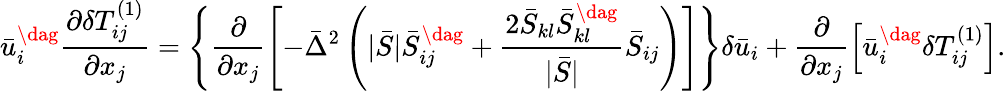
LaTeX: \bar{u}_{i}^{\dag}\frac{{\partial\delta T_{ij}^{\left(1\right)}}}{{\partial{x_{j}}}}=\left\{ {\frac{\partial}{{\partial{x_{j}}}}\left[{-{{\bar{\Delta}}^{2}}\left({|\bar{S}|\bar{S}_{ij}^{\dag}+\frac{{2{{\bar{S}}_{kl}}\bar{S}_{kl}^{\dag}}}{{|\bar{S}|}}{{\bar{S}}_{ij}}}\right)}\right]}\right\} \delta{{\bar{u}}_{i}}+\frac{\partial}{{\partial{x_{j}}}}\left[{\bar{u}_{i}^{\dag}\delta T_{ij}^{\left(1\right)}}\right].